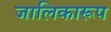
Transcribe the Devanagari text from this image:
जालिकारूप